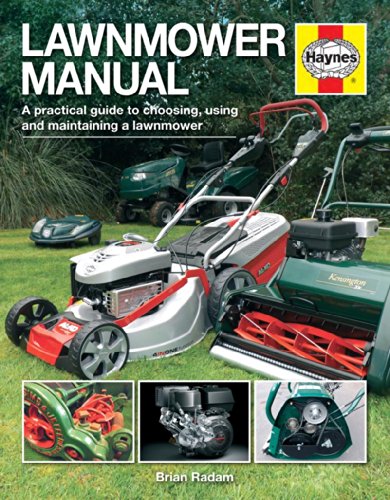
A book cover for Lawnmower Manual: A practical guide to choosing, using and maintaining a lawnmower (Haynes Manuals); Brian Radam; Crafts, Hobbies & Home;